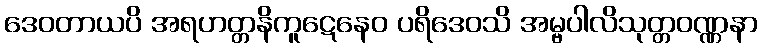
ဒေဝတာယပိ အရဟတ္တနိကူဋေနေဝ ပရိဒေဝသိ အမ္ဗပါလိသုတ္တဝဏ္ဏနာ